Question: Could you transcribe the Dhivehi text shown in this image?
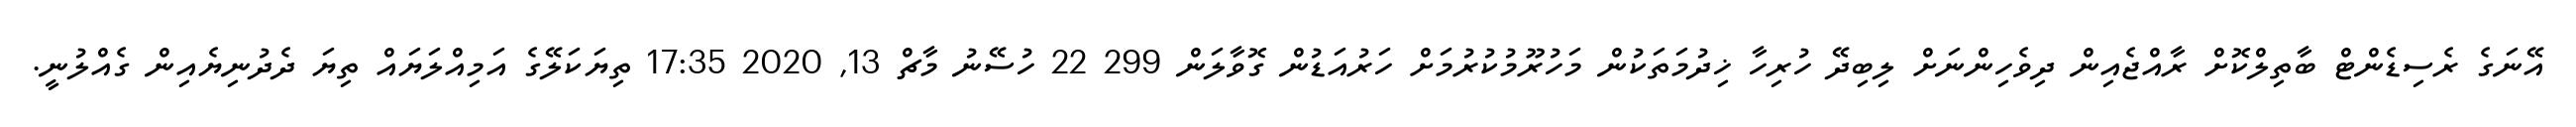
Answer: އޭނަގެ ރެސިޑެންޓް ބާތިލްކޮށް ރާއްޖެއިން ދިވެހިންނަށް ލިބިދޭ ހުރިހާ ޚިދުމަތަކުން މަހުރޫމުކުރުމަށް ހަރުއަޑުން ގޮވާލަން 299 22 ހުސޭނު މާޗް 13, 2020 17:35 ތިޔަކަލޭގެ އަމިއްލަޔައް ތިޔަ ދެދުނިޔެއިން ގެއްލުނީ.